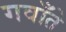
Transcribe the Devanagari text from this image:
गवाँते